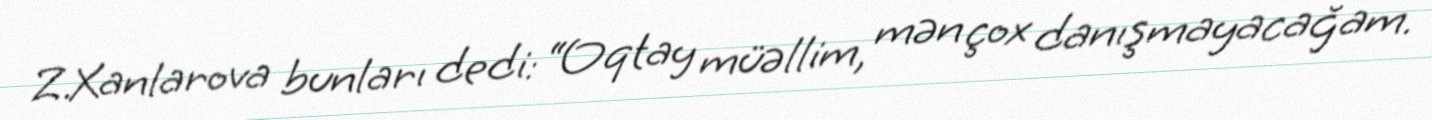
Z.Xanlarova bunları dedi: “Oqtay müəllim, mən çox danışmayacağam.